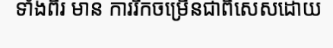
ទាំងពីរ មាន ការរីកចម្រើនជាពិសេសដោយ